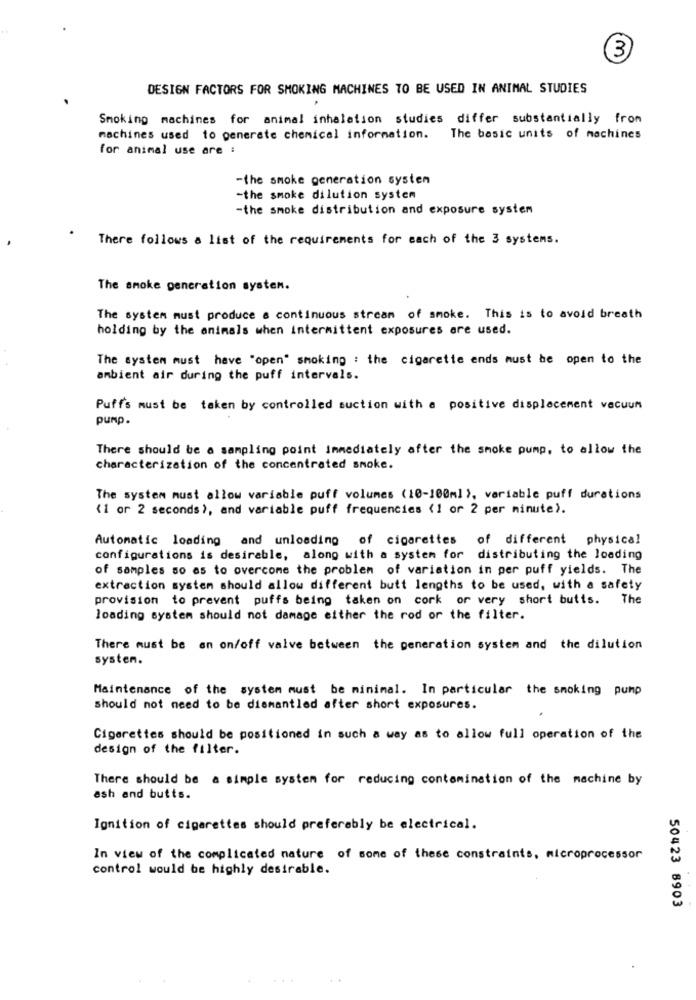
3
DESIGN FACTORS FOR SMOKING MACHINES TO BE USED IN ANIMAL STUDIES
Smoking machines for animal inhalation studies differ substantially from
machines used to generate chemical information.
The basic units of machines
for animal use are :
-the smoke generation system
-the smoke dilution system
-the smoke distribution and exposure system
There follows a list of the requirements for each of the 3 systems.
The smoke generation systen.
The system must produce a continuous stream of smoke. This is to avoid breath
holding by the animals when intermittent exposures are used.
The system must have "open" smoking : the cigarette ends must be open to the
ambient air during the puff intervals.
Puff's must be taken by controlled suction with a positive displacement vacuum
pump.
There should be a sampling point Immediately after the smoke pump, to allow the
characterization of the concentrated smoke.
The system must allow variable puff volumes (10-100ml), variable puff durations
(1 or 2 seconds), and variable puff frequencies (1 or 2 per minute).
Automatic loading and unloading of cigarettes of different physical
configurations is desirable, along with a system for distributing the loading
of samples so as to overcome the problem of variation in per puff yields. The
extraction system should allow different butt lengths to be used, with a safety
provision to prevent puffs being taken on cork or very short butis.
The
loading system should not damage either the rod or the filter.
There must be an on/off valve between the generation system and the dilution
systen.
Maintenance of the system must be minimal. In particular the smoking pump
should not need to be dismantled after short exposures.
Cigarettes should be positioned in such a way as to allow full operation of the
design of the filter.
There should be a simple system for reducing contamination of the machine by
ash and butts.
Ignition of cigarettes should preferably be electrical.
In view of the complicated nature of some of these constraints, microprocessor
control would be highly desirable.
50423 8903